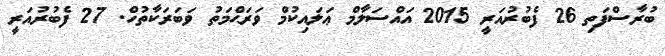
ބުރާސްފަތި 26 ފެބުރުއަރީ 2015 އައްސަލާމް ޢަލައިކުމް ވަރަޙްމަތު ވަބަރަކާތުހް. 27 ފެބުރުއަރީ